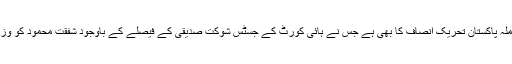
بعینہ یہی معاملہ پاکستان تحریکِ انصاف کا بھی ہے جس نے ہائی کورٹ کے جسٹس شوکت صدیقی کے فیصلے کے باوجود شفقت محمود کو وزیرِ تعلیم بنادیا۔